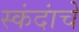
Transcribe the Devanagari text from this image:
स्कंदांचे